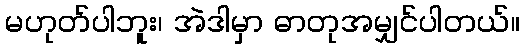
မဟုတ်ပါဘူး၊ အဲဒါမှာ ဓာတုအမျှင်ပါတယ်။